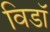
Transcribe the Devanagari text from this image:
विडाॅ